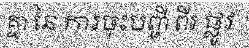
គ្នា នៃ ការចុះបញ្ជី ពីរ ផ្លូវ